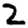
Digit: 2